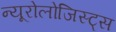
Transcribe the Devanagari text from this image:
न्यूरोलोजिस्ट्स